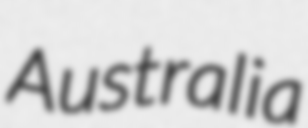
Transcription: Australia